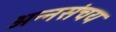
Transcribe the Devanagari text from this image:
अन्नसंचय